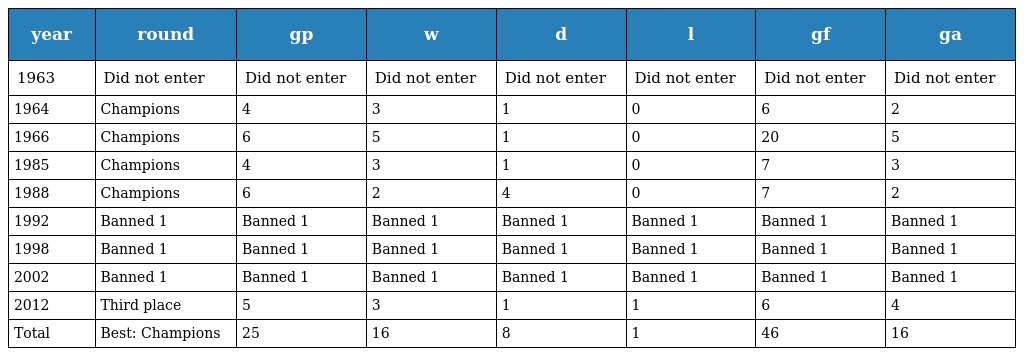
| year | round | gp | w | d | l | gf | ga |
 | --- | --- | --- | --- | --- | --- | --- | --- |
 | 1963 | Did not enter | Did not enter | Did not enter | Did not enter | Did not enter | Did not enter | Did not enter |
 | 1964 | Champions | 4 | 3 | 1 | 0 | 6 | 2 |
 | 1966 | Champions | 6 | 5 | 1 | 0 | 20 | 5 |
 | 1985 | Champions | 4 | 3 | 1 | 0 | 7 | 3 |
 | 1988 | Champions | 6 | 2 | 4 | 0 | 7 | 2 |
 | 1992 | Banned 1 | Banned 1 | Banned 1 | Banned 1 | Banned 1 | Banned 1 | Banned 1 |
 | 1998 | Banned 1 | Banned 1 | Banned 1 | Banned 1 | Banned 1 | Banned 1 | Banned 1 |
 | 2002 | Banned 1 | Banned 1 | Banned 1 | Banned 1 | Banned 1 | Banned 1 | Banned 1 |
 | 2012 | Third place | 5 | 3 | 1 | 1 | 6 | 4 |
 | Total | Best: Champions | 25 | 16 | 8 | 1 | 46 | 16 |